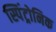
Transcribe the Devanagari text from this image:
स्पिंट्रोनिक